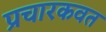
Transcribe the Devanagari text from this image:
प्रचारकवत